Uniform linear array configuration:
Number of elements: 16
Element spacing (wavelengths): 0.25
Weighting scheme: binomial
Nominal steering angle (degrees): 30
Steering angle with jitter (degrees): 31.221
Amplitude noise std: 0.05
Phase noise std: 0.05

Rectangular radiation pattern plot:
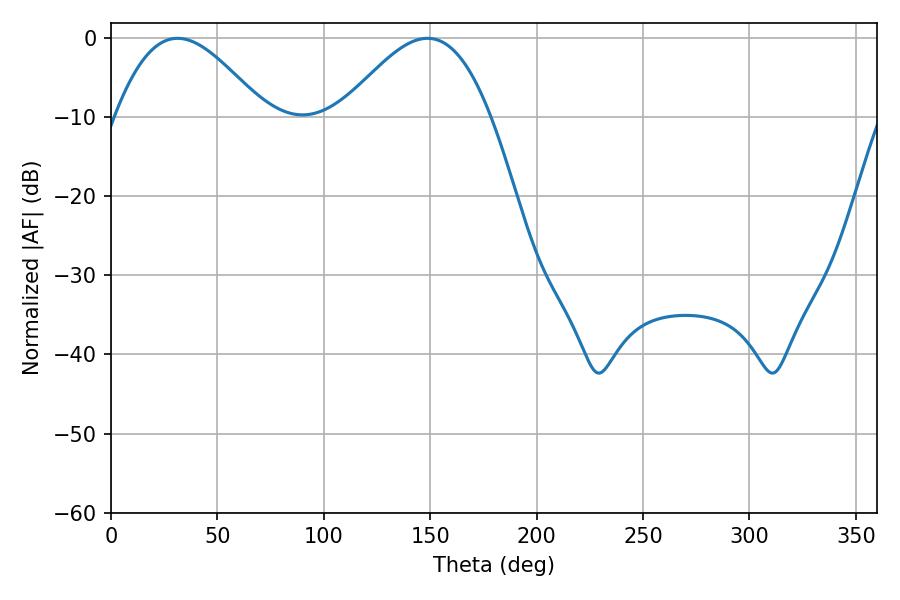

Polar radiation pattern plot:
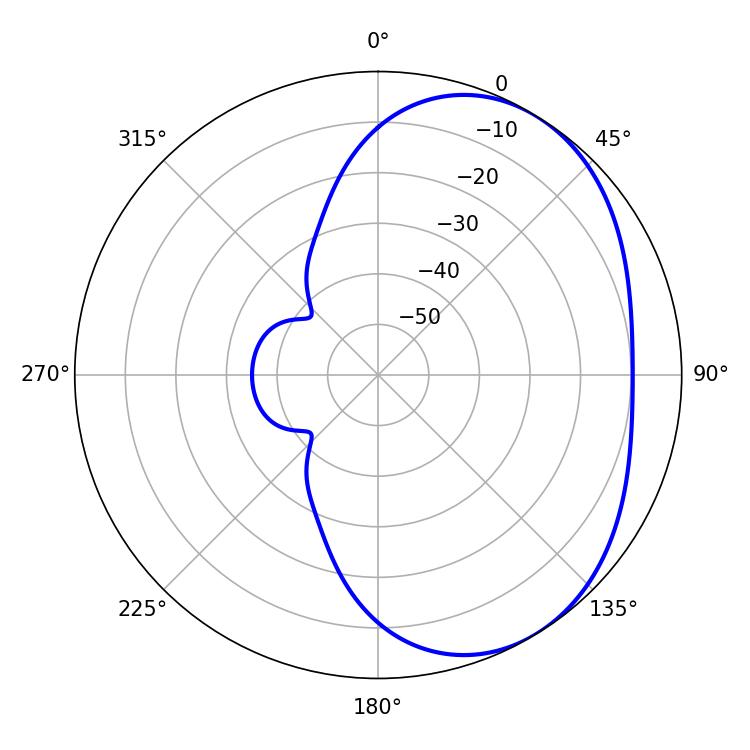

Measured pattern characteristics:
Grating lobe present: FALSE
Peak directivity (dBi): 3.752
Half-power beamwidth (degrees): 37.62
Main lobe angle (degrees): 31.32